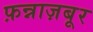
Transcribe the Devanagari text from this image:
फ़न्नाज़बूर